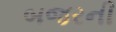
બજરની